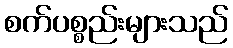
စက်ပစ္စည်းများသည်